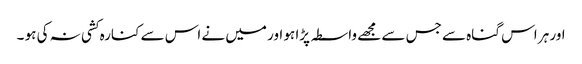
اور ہر اس گناہ سے جس سے مجھے واسطہ پڑا ہو اور میں نے اس سے کنارہ کشی نہ کی ہو ۔